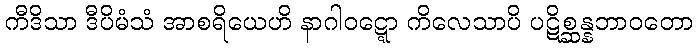
ကီဒိသာ ဒီပိမံသံ အာစရိယေဟိ နာဂါဝဋ္ဋော ကိလေသာပိ ပဋိစ္ဆန္နဘာဝတော